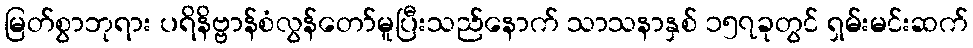
မြတ်စွာဘုရား ပရိနိဗ္ဗာန်စံလွန်တော်မူပြီးသည်နောက် သာသနာနှစ် ၁၅၇ခုတွင် ရှမ်းမင်းဆက်